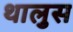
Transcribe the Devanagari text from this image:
थालुस